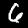
Label: 6